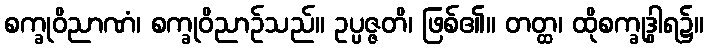
စက္ခုဝိညာဏံ၊ စက္ခုဝိညာဉ်သည်။ ဥပ္ပဇ္ဇတိ၊ ဖြစ်၏။ တတ္ထ၊ ထိုစက္ခုဒွါရ၌။